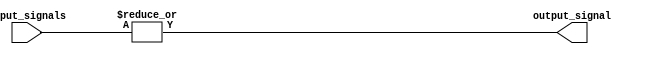
module OR_gate_32 (
    input [31:0] input_signals,
    output reg output_signal
); 

always @* begin
    output_signal = |input_signals;
end

endmodule